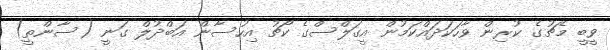
ވީބީ މެޗުގެ ކުރިން ވާހަކަދައްކަމުން އީގަލްސްގެ ކޯޗު އިހުސާން އަބްދުލް ގަނީ (ސާންތީ)